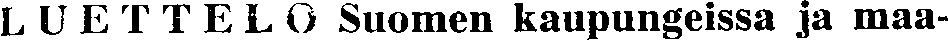
LUETTELO Suomen kaupungeissa ja maa-